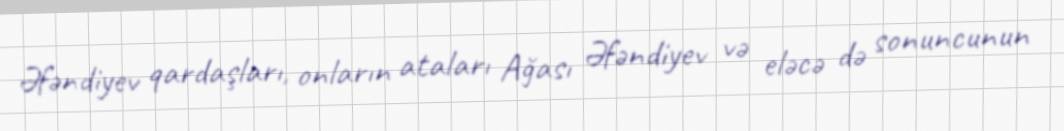
Əfəndiyev qardaşları, onların ataları Ağası Əfəndiyev və eləcə də sonuncunun